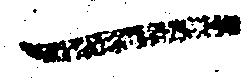
一